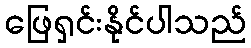
ဖြေရှင်းနိုင်ပါသည်